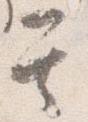
其